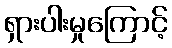
ရှားပါးမှုကြောင့်